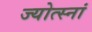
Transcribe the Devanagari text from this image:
ज्योत्स्नां